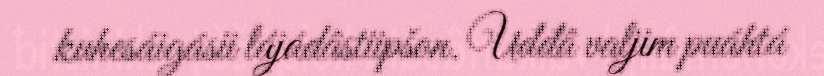
kuhesáigásii lájádâstiipšon. Uđđâ valjim puáhtá